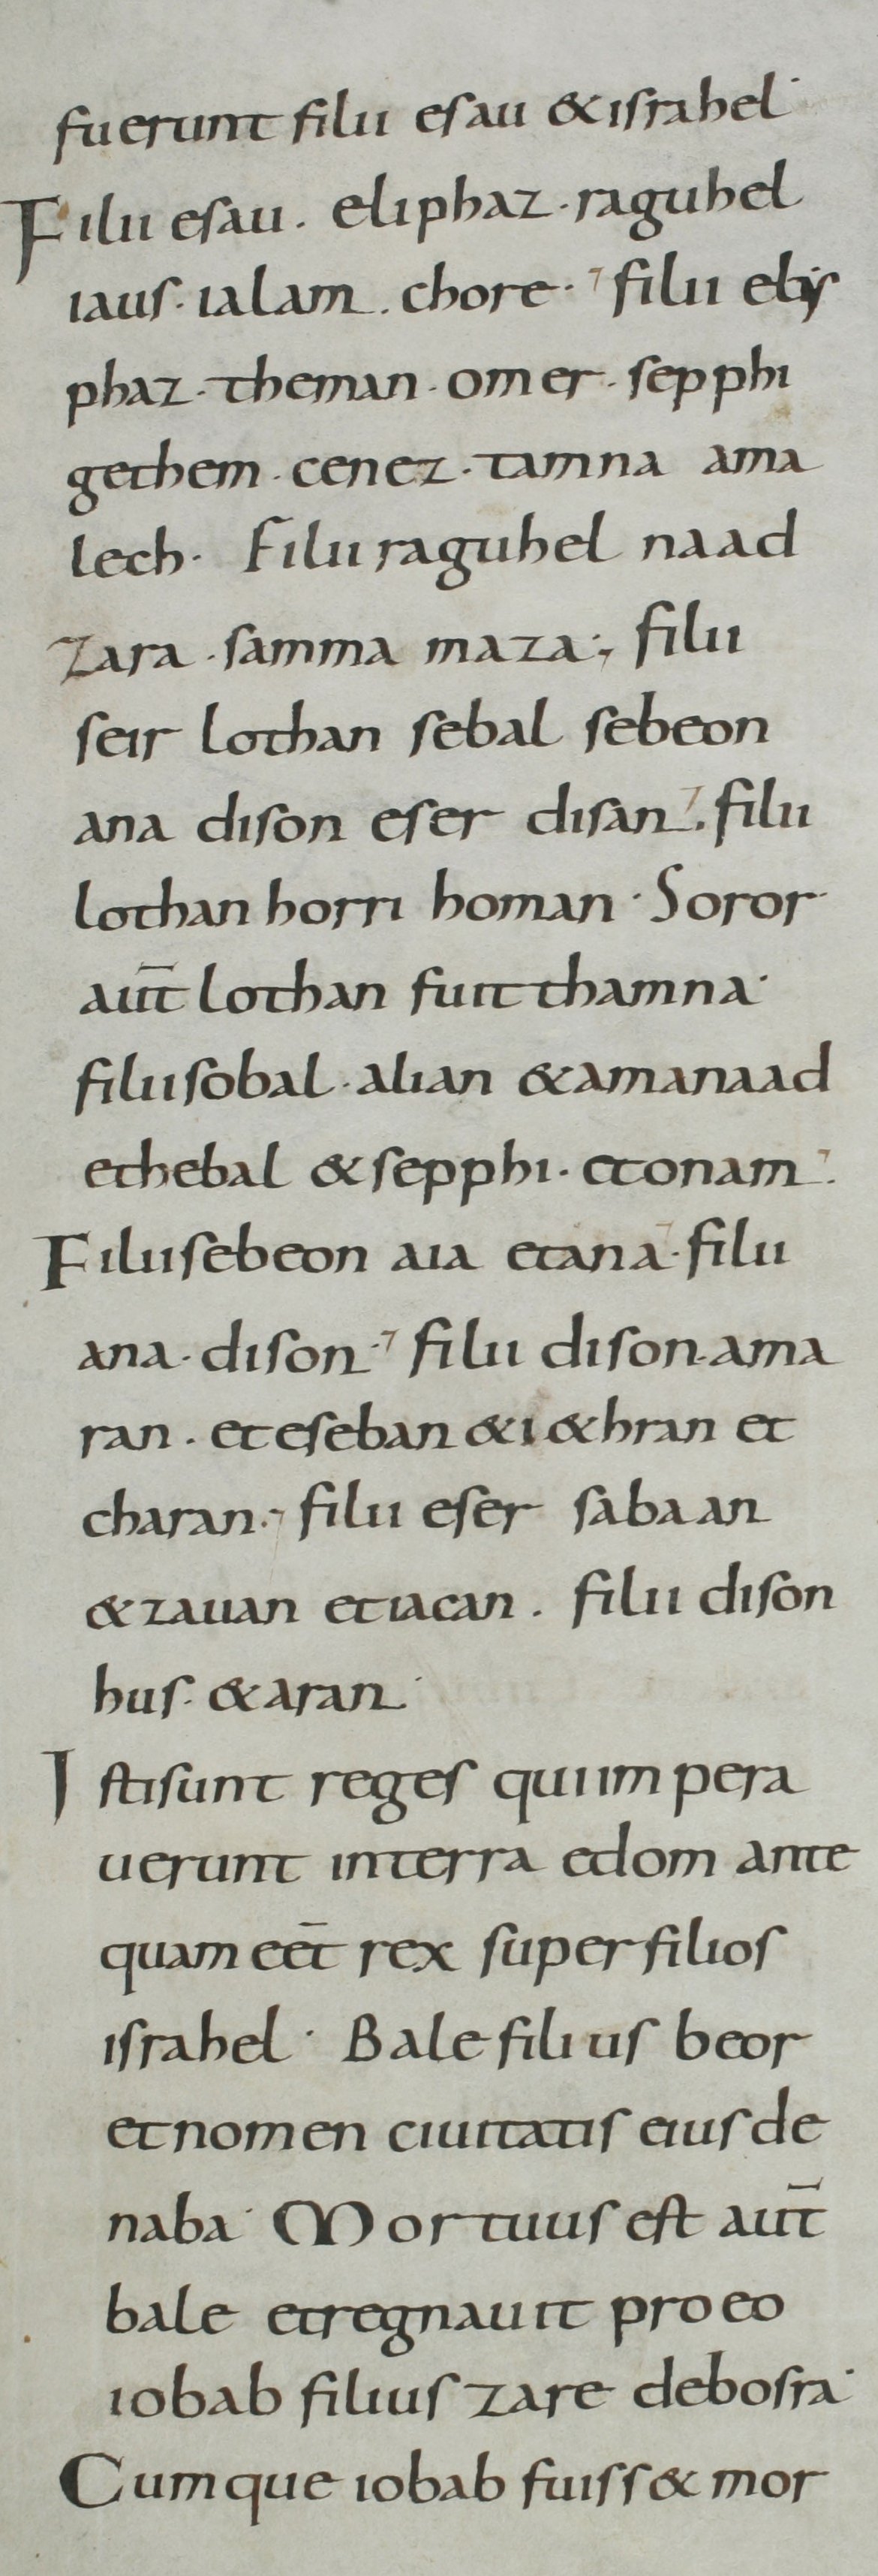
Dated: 800–899